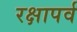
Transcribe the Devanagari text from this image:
रक्षापर्व